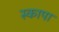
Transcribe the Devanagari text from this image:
स्कापा